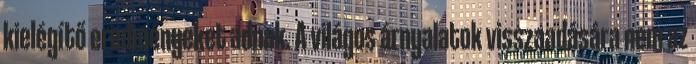
kielégítő eredményeket adnak. A világos árnyalatok visszaadására nem az